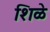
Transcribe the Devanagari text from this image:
शिळे